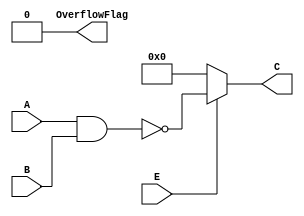
// lab1_bit_nand.v

// Bitwise NAND
// Calculation

// Output 1: C; calculation result, 16bit binary
// Output 2: OverflowFlag; 0
// Input 1: A; input, 16bit binary
// Input 2: B; input, 16bit binary
// Input 3: E; enable, 1bit binary

module bit_nand16 (output [15:0] C, output OverflowFlag,
	input [15:0] A, input [15:0] B, input E);
	
	assign OverflowFlag = 1'b0;
	assign C=(E & 1'b1)?~(A & B):16'b0000000000000000;

endmodule